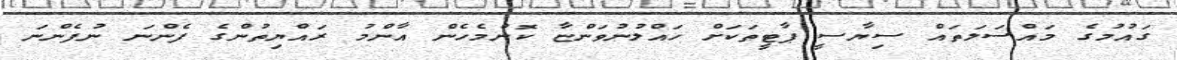
ގައުމުގެ މައްސަލަތައް ސިޔާސީ ޕާޓީތަކަށް ހައްލުނުވަންޏާ ކޮންމެހެން އާންމު ރައްޔިތުންގެ ފެންނަ ނުފެންނަ